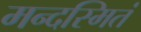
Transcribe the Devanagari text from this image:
मन्दस्मितं